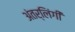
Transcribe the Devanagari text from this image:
अंतर्लिंगी